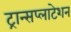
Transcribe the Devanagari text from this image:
ट्रान्सप्लाटेशन